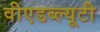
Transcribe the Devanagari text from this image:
वीएडब्ल्यूटी